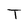
Character: T